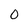
Character: 0